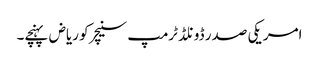
امریکی صدر ڈونلڈ ٹرمپ سنیچر کو ریاض پہنچے۔